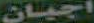
اجیان